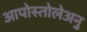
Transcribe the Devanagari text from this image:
आपोस्तोलेअनु